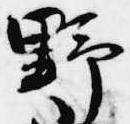
野